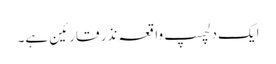
ایک دلچسپ واقعہ نذر قارئین ہے۔